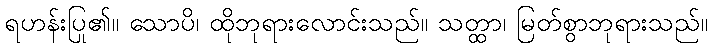
ရဟန်းပြု၏။ သောပိ၊ ထိုဘုရားလောင်းသည်။ သတ္ထာ၊ မြတ်စွာဘုရားသည်။